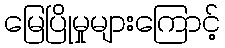
မြေပြိုမှုများကြောင့်